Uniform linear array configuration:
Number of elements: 48
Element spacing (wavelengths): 0.75
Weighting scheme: hamming
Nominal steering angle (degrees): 60
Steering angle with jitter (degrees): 58.008
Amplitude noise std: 0.05
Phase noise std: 0.05

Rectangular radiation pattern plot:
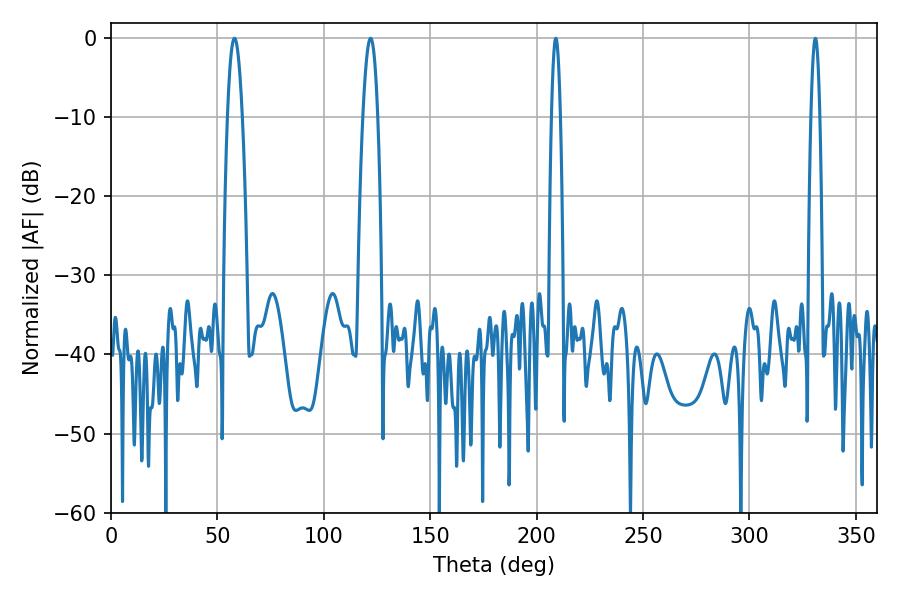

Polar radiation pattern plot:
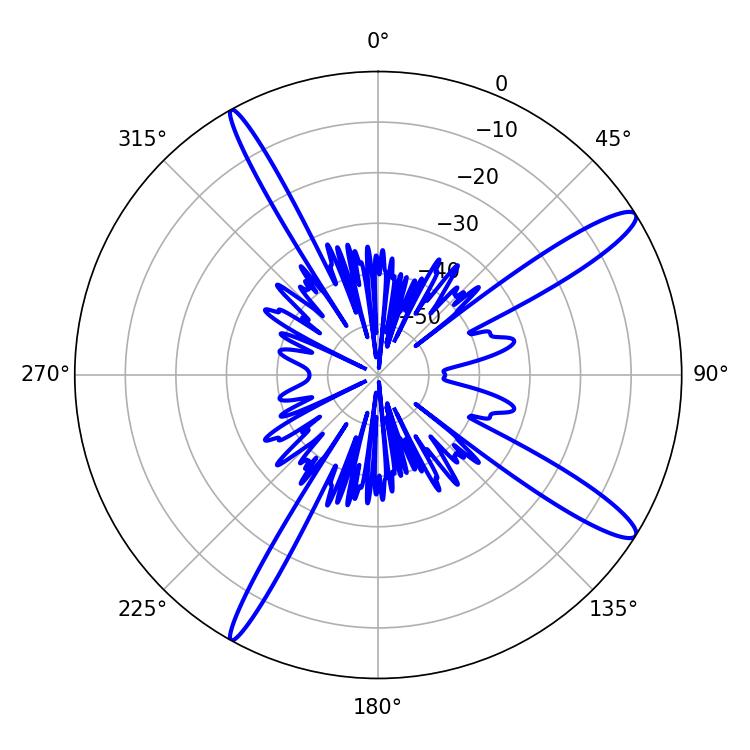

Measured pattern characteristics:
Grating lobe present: TRUE
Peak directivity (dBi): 13.92
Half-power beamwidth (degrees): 3.78
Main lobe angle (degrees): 57.96